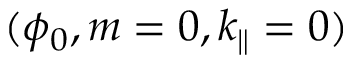
( \phi _ { 0 } , m = 0 , k _ { \parallel } = 0 )